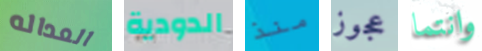
العداله الدودية منذ عجوز وانتما